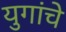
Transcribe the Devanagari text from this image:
युगांचे